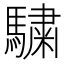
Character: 𩥶